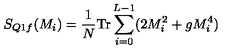
S _ { Q 1 f } ( M _ { i } ) = \frac { 1 } { N } \mathrm { T r } \sum _ { i = 0 } ^ { L - 1 } ( 2 M _ { i } ^ { 2 } + g M _ { i } ^ { 4 } )